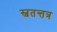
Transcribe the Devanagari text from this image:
स्वतन्तत्र